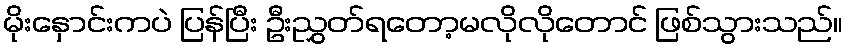
မိုးနှောင်းကပဲ ပြန်ပြီး ဦးညွှတ်ရတော့မလိုလိုတောင် ဖြစ်သွားသည်။